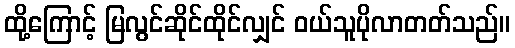
ထို့ကြောင့် မြလွင်ဆိုင်ထိုင်လျှင် ဝယ်သူပိုလာတတ်သည်။